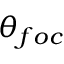
\theta _ { f o c }